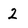
Character: 2